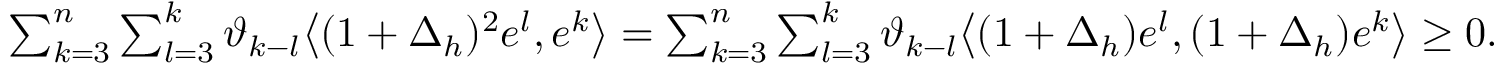
\begin{array} { r } { \sum _ { k = 3 } ^ { n } \sum _ { l = 3 } ^ { k } \vartheta _ { k - l } \big \langle ( 1 + \Delta _ { h } ) ^ { 2 } e ^ { l } , e ^ { k } \big \rangle = \sum _ { k = 3 } ^ { n } \sum _ { l = 3 } ^ { k } \vartheta _ { k - l } \big \langle ( 1 + \Delta _ { h } ) e ^ { l } , ( 1 + \Delta _ { h } ) e ^ { k } \big \rangle \ge 0 . } \end{array}